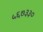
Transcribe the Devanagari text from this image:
५६७३३०